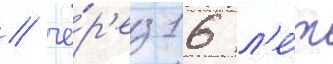
/ че́р'ез 16 л'е́т